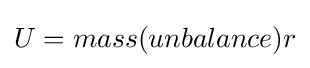
U=mass(unbalance)r